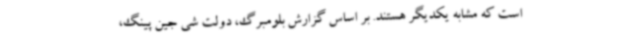
است که مشابه یکدیگر هستند. بر اساس گزارش بلومبرگ، دولت شی جین پینگ،